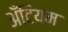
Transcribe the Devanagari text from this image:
अँटियम